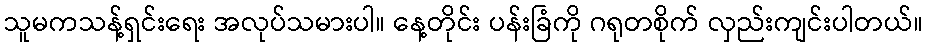
သူမကသန့်ရှင်းရေး အလုပ်သမားပါ။ နေ့တိုင်း ပန်းခြံကို ဂရုတစိုက် လှည်းကျင်းပါတယ်။